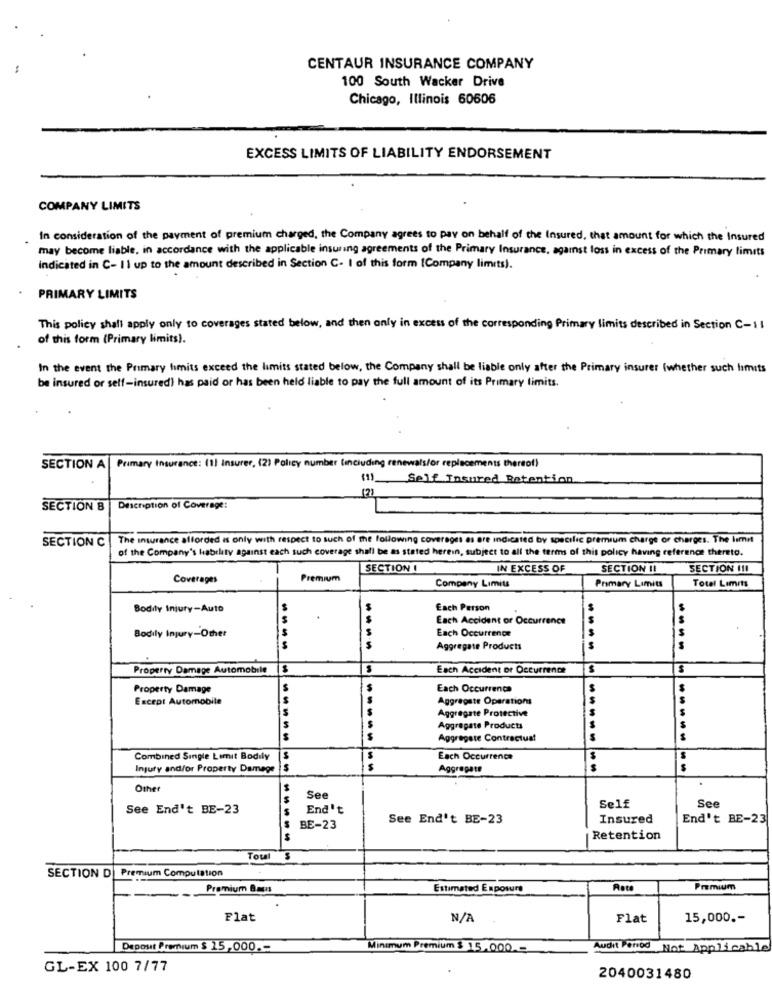
CENTAUR INSURANCE COMPANY
100 South Wacker Drive
Chicago, Illinois 60606
EXCESS LIMITS OF LIABILITY ENDORSEMENT
COMPANY LIMITS
In consideration of the payment of premium charged, the Company agrees to pay on behalf of the Insured, that amount for which the Insured
may become liable, in accordance with the applicable insuring agreements of the Primary Insurance, against loss in excess of the Primary limits
Indicated in C- Il up to the amount described in Section C- I of this form (Company limits).
PRIMARY LIMITS
This policy shall apply only to coverages stated below, and then only in excess of the corresponding Primary limits described in Section C-1 1
of this form (Primary limits).
In the event the Primary limits exceed the limits stated below, the Company shall be liable only after the Primary insurer (whether such limits
be insured or self-insured) has paid or has been held liable to pay the full amount of its Primary limits.
SECTION A| Primary Insurance: (1) Insurer, (2) Policy number (including renewals/or replacements thereal)
(1)
Self Insured Retention.
SECTION B
Description of Coverage:
SECTION C| The insurance afforded is only with respect to such of the following coverages as are indicated by specific premium charge of charges. The limit
of the Company's hability against each such coverage shall be as stated herein, subject to all the terms of this policy having reference thereto.
SECTION I
IN EXCESS OF
SECTION II
SECTION I !!
Coverages
Premium
Company Limits
Primary Limits
Total Limits
Bodily Injury-Auto
Each Person
Each Accident or Occurrence
Bodily Injury-Other
Each Occurrence
----
Aggregate Products
----
Property Damage Automobile
Each Accident or Occurrence
Property Damage
Each Occurrence
Except Automobile
Aggregate Operations
--
Aggregate Protective
Aggregate Products
------
Aggregate Contractual
----
Combined Single Lemit Bodily
Each Occurrence
$
Injury and/or Property Damage $
$
Aggregate
------------
$
Other
See
See End't BE-23
End't
Self
See
See End't BE-23
Insured
End't BE-23
BE-23
-------
Retention
Total
SECTION D| Premium Computation
Premium Basis
Estimated Exposure
Rate
Premium
Flat
Flat
15,000 .-
Deposit Premium $ 15,000 .-
Minimum Premium $ 15.000 .-
Audit Period Not Applicable
GL-EX 100 7/77
2040031480